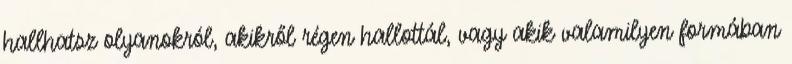
hallhatsz olyanokról, akikről régen hallottál, vagy akik valamilyen formában